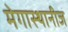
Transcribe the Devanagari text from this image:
मेगास्थानीज